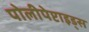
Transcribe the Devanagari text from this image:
पोलीपेप्टाइड्स